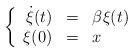
LaTeX: \begin{align*}\left\{\begin{array}{rcl}\dot{\xi}(t) & = & \beta \xi(t)\\ \xi(0) & = & x\end{array}\right.\end{align*}